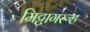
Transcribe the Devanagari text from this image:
मिट्टागरूह